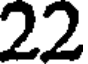
22